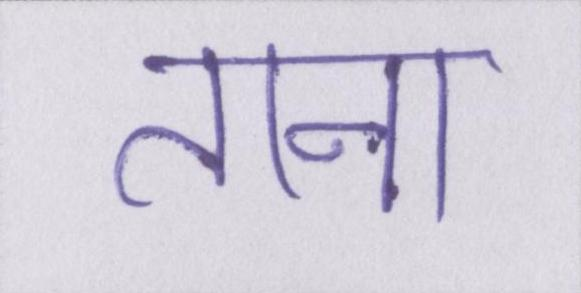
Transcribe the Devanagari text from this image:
ताना